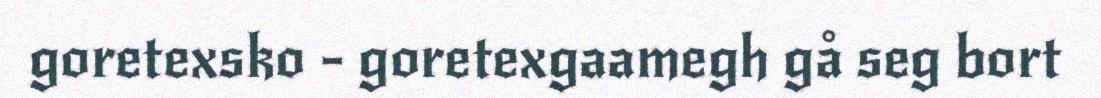
goretexsko - goretexgaamegh gå seg bort